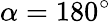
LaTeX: \alpha=180^{\circ}